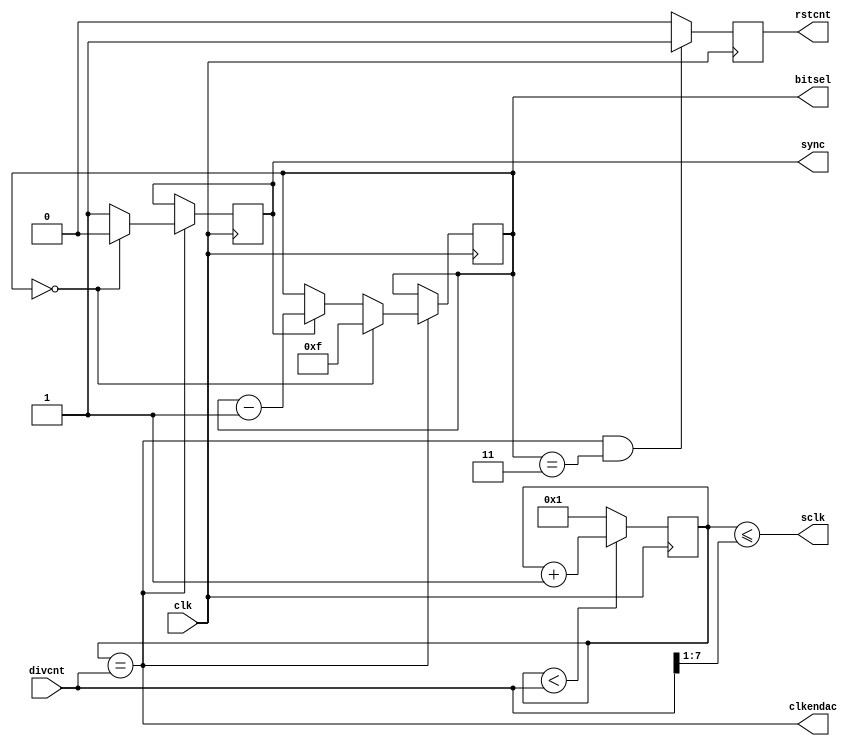
module vcodiv(/*AUTOARG*/
   // Outputs
   clkendac, rstcnt, bitsel, sync, sclk, 
   // Inputs
   clk, divcnt
   );
   input clk;           // input clock
   input [7:0] divcnt;  // programmable divider value
   output clkendac;     // output clock enable signal for dac circuits
   output rstcnt;       // output reset to Accumulating bang-bang phase detector
   output [3:0] bitsel; // bit selection for transmission to DAC.
   output 	sync;   // sync signal for DAC transmission
   output 	sclk;   // output clock to DAC

   reg [3:0] 	bitsel;
   reg 		rstcnt;
   wire		clkendac;
   reg [7:0] 	cnt;
   reg 		sync;
   
   initial begin
      cnt = 1;
      bitsel = 4'hf;
      sync = 0;
      rstcnt = 0;
   end
   
   always@(posedge clk) begin
      cnt <= `TPDB (cnt < divcnt) ? cnt + 1 : 8'h01;
      if(clkendac & bitsel == 4'h3) 
	 rstcnt <= `TPDB 1;
      else // single clk pulse
	 rstcnt <= `TPDB 0;
      if (clkendac) begin
	 if(bitsel == 4'h0) begin
	    bitsel <= `TPDB 4'hf;
	    sync <= `TPDB 0;
	 end
	 else if(sync)
	    bitsel <= `TPDB bitsel - 1;
	 else 
	    sync <= `TPDB 1;
      end
   end
      
   assign clkendac = (cnt == divcnt);
   assign sclk = (cnt <= {1'b0,divcnt[7:1]});

   
endmodule